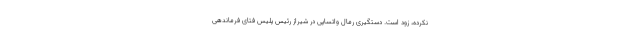
نکرده،‌ زود است. دستگیری رمال واتساپی در شیراز رئیس پلیس فتای فرماندهی